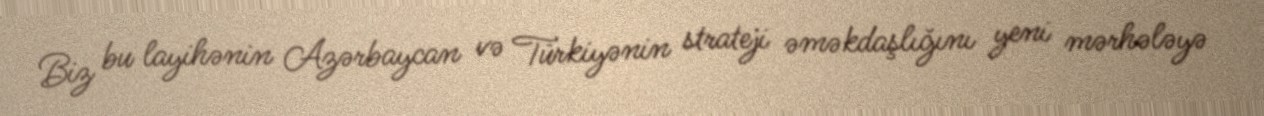
Biz bu layihənin Azərbaycan və Türkiyənin strateji əməkdaşlığını yeni mərhələyə